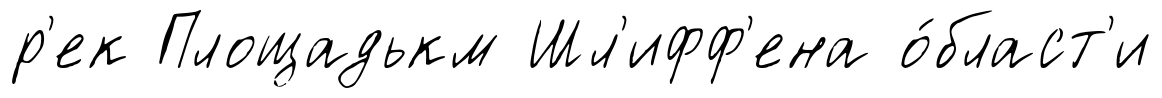
р'ек Площадькм Шл'ифф'ена о́бласт'и